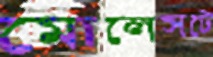
মোলেসটে